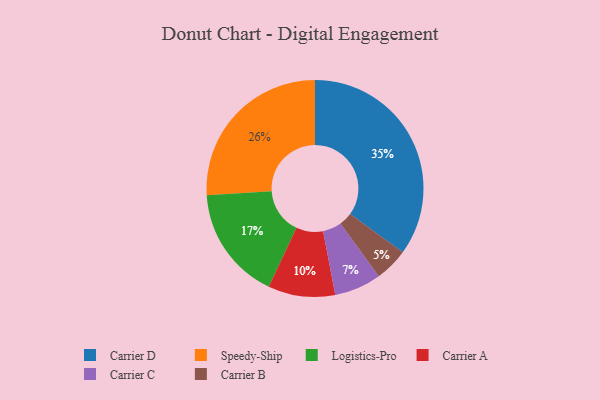
{"axis": {"x": "Category", "y": "Percentage"}, "legend": ["Carrier A", "Carrier B", "Carrier C", "Carrier D", "Logistics-Pro", "Speedy-Ship"], "data": [{"x": "Carrier A", "y": 10, "type": "Carrier A"}, {"x": "Carrier B", "y": 5, "type": "Carrier B"}, {"x": "Logistics-Pro", "y": 17, "type": "Logistics-Pro"}, {"x": "Speedy-Ship", "y": 26, "type": "Speedy-Ship"}, {"x": "Carrier C", "y": 7, "type": "Carrier C"}, {"x": "Carrier D", "y": 35, "type": "Carrier D"}]}